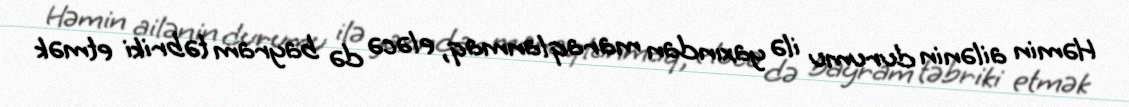
Həmin ailənin durumu ilə yaxından maraqlanmaq, eləcə də bayram təbriki etmək